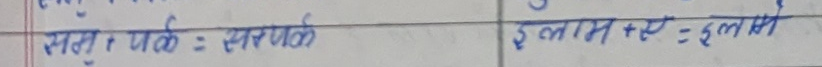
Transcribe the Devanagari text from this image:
सँटा + तर्क = सराठ्ठ

इलाम + ऐ = इलामे